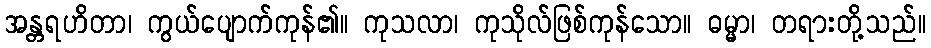
အန္တရဟိတာ၊ ကွယ်ပျောက်ကုန်၏။ ကုသလာ၊ ကုသိုလ်ဖြစ်ကုန်သော။ ဓမ္မာ၊ တရားတို့သည်။